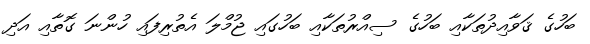
ބަހުގެ ޤަވާއިދުތަކާއި ބަހުގެ ސިއްރުތަކާއި ބަހުގައި ޖުމްލަ އެތުރިފައި ހުންނަ ގޮތާއި އަދި